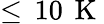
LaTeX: \leq\, 10\, \mathrm{~K~}